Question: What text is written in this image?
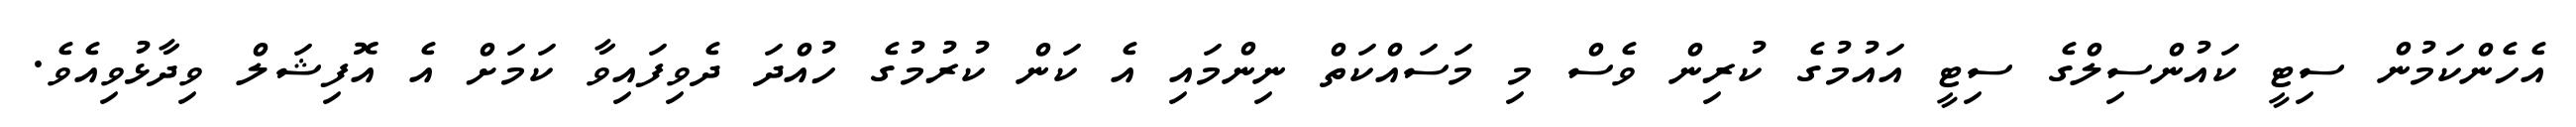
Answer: އެހެންކަމުން ސިޓީ ކައުންސިލްގެ ސިޓީ އައުމުގެ ކުރިން ވެސް މި މަސައްކަތް ނިންމައި އެ ކަން ކުރުމުގެ ހުއްދަ ދެވިފައިވާ ކަމަށް އެ އޮފިޝަލް ވިދާޅުވިއެވެ.